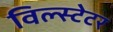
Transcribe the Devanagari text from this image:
विल्स्टेटर